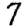
Digit: 7